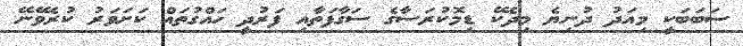
ސަބަބަކީ މިއަދު ދުނިޔެ މިދެކޭ ޑިމޮކުރަސާގެ ސަގާފަތާއި ފަރުދީ ހައްގުތައް ކަށަވަރު ކުރެވޭނޭ